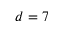
d = 7